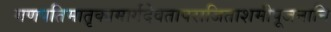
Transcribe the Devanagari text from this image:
गणपतिमातृकामार्गदेवतापराजिताशमीपूजनानि